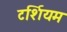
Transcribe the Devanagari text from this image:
टर्शियम